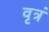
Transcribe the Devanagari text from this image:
वृत्रं